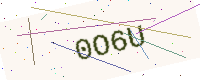
Text: 0O6U